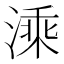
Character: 溗